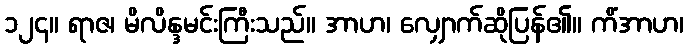
၁၂၄။ ရာဇ၊ မိလိန္ဒမင်းကြီးသည်။ အာဟ၊ လျှောက်ဆိုပြန်၏။ ကိံအာဟ၊